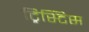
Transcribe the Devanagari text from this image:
ट्रिस्टिस